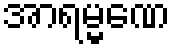
အာရမ္မဏေ